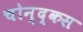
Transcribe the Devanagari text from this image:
चोन्द्कस